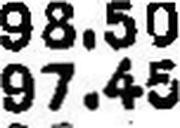
97.45